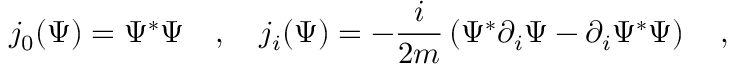
j _ { 0 } ( \Psi ) = \Psi ^ { * } \Psi ~ ~ ~ , ~ ~ ~ j _ { i } ( \Psi ) = - { \frac { i } { 2 m } } \left( \Psi ^ { * } \partial _ { i } \Psi - \partial _ { i } \Psi ^ { * } \Psi \right) ~ ~ ~ ,